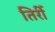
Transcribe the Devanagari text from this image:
तिर्री